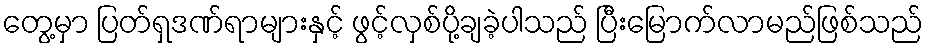
တွေ့မှာ ပြတ်ရှဒဏ်ရာများနှင့် ဖွင့်လှစ်ပို့ချခဲ့ပါသည် ပြီးမြောက်လာမည်ဖြစ်သည်